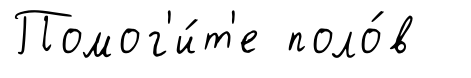
Помог'и́т'е поло́в